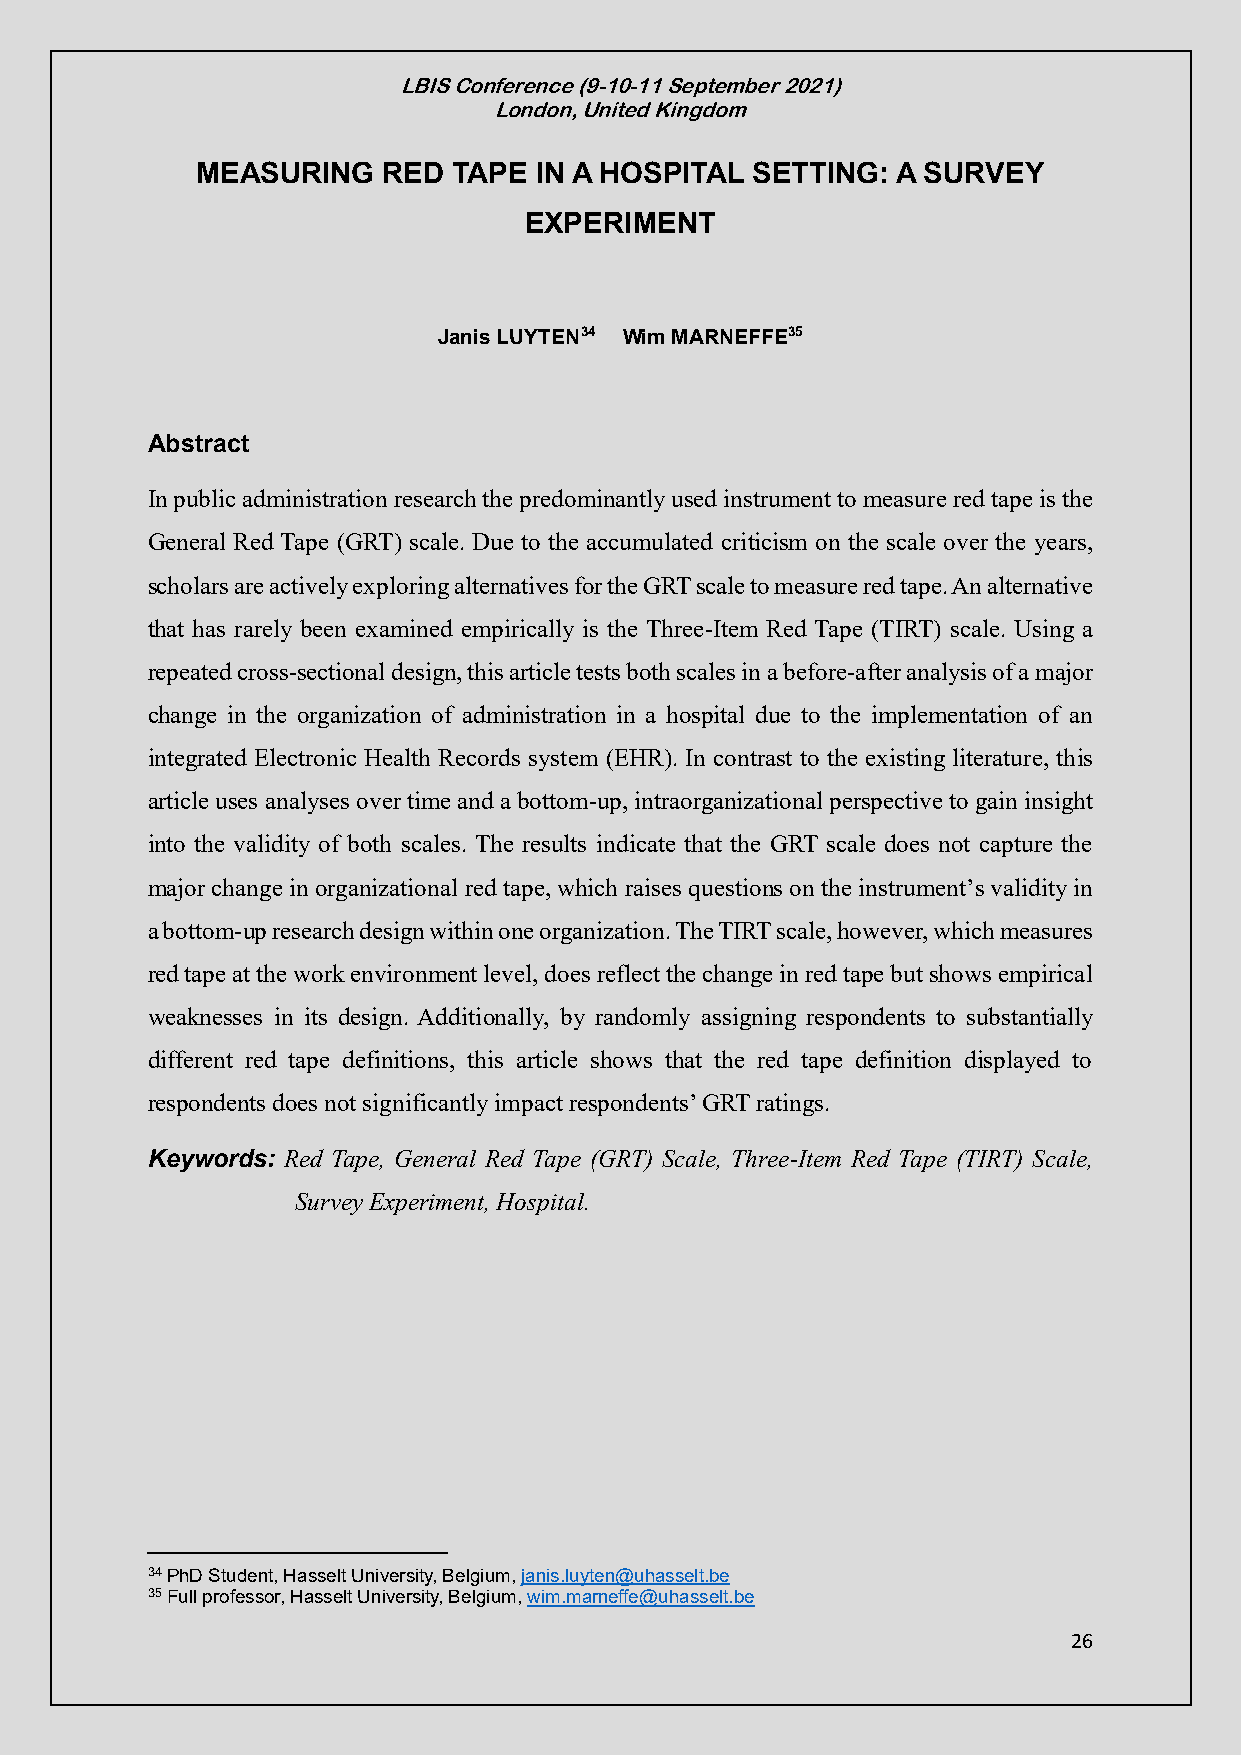
LBIS Conference (9-10-11 September 2021)
 London, United Kingdom
 MEASURING   RED  TAPE IN A HOSPITAL  SETTING: A SURVEY
 EXPERIMENT
 Janis LUYTEN34 Wim MARNEFFE35
 Abstract
 In public administration research the predominantly used instrument to measure red tape is the
 General Red Tape (GRT) scale. Due to the accumulated criticism on the scale over the years,
 scholars are actively exploring alternatives for the GRT scale to measure red tape. An alternative
 that has rarely been examined empirically is the Three-Item Red Tape (TIRT) scale. Using a
 repeated cross-sectional design, this article tests both scales in a before-after analysis of a major
 change in the organization of administration in a hospital due to the implementation of an
 integrated Electronic Health Records system (EHR). In contrast to the existing literature, this
 article uses analyses over time and a bottom-up, intraorganizational perspective to gain insight
 into the validity of both scales. The results indicate that the GRT scale does not capture the
 major change in organizational red tape, which raises questions on the instrument’s validity in
 a bottom-up research design within one organization. The TIRT scale, however, which measures
 red tape at the work environment level, does reflect the change in red tape but shows empirical
 weaknesses in its design. Additionally, by randomly assigning respondents to substantially
 different red tape definitions, this article shows that the red tape definition displayed to
 respondents does not significantly impact respondents’ GRT ratings.
 Keywords: Red Tape, General Red Tape (GRT) Scale, Three-Item Red Tape (TIRT) Scale,
 Survey Experiment, Hospital.
 34 PhD Student, Hasselt University, Belgium, janis.luyten@uhasselt.be
 35 Full professor, Hasselt University, Belgium, wim.marneffe@uhasselt.be
 26